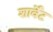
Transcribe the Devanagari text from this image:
शार्वेट